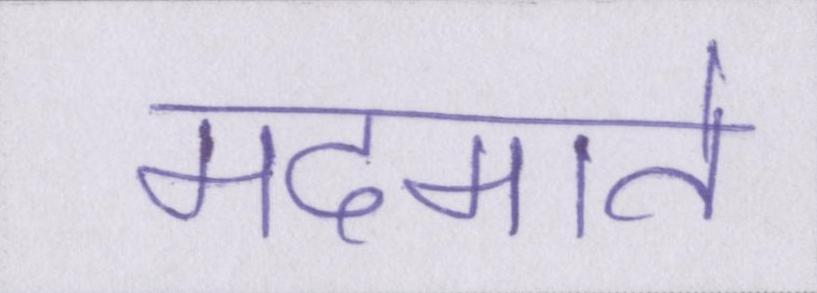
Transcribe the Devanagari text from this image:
मदमाते